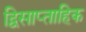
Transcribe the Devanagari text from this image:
द्विसाप्‍ताहिक